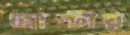
জাপ্‌টায়